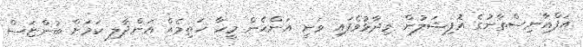
އަފްޣާނިސްތާނުގެ އޮފިޝަލުން ވިދާޅުވެފައި ވަނީ އަންހެން މީހާ ހަތިމެއް އަންދާލި ކަމަށް ބުންޏަސް